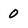
Character: O